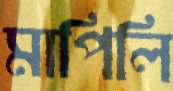
মাপিলি